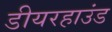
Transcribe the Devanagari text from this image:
डीयरहाउंड